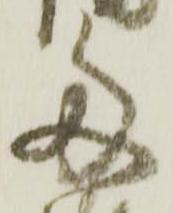
多